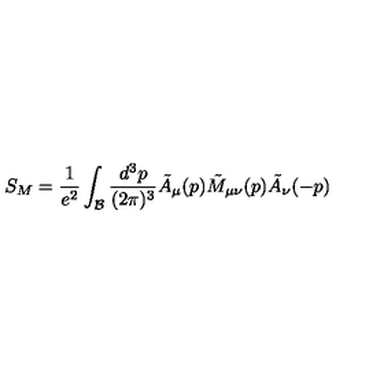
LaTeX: S _ { M } = { \frac { 1 } { e ^ { 2 } } } \int _ { \cal B } { \frac { d ^ { 3 } p } { ( 2 \pi ) ^ { 3 } } } { \tilde { A } } _ { \mu } ( p ) { \tilde { M } _ { \mu \nu } } ( p ) { \tilde { A } } _ { \nu } ( - p )